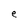
Character: e